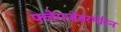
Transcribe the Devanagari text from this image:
फ्लैगजेंडरमेरिन